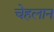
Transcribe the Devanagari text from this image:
चेहलान